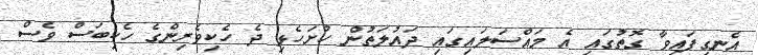
އެނގިފައިވާ ގޮތުގައި އެ މައްސަލައިގައި ދައުލަތުން ހުށަހެޅި ދެ ހެކިވެރިންގެ ހެކިބަސް ވެސް